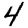
Digit: 4